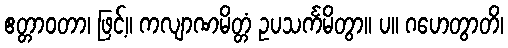
ဧတ္တာဝတာ၊ ဖြင့်။ ကလျာဏမိတ္တံ ဥပသင်္ကမိတွာ။ ပ။ ဂဟေတွာတိ၊